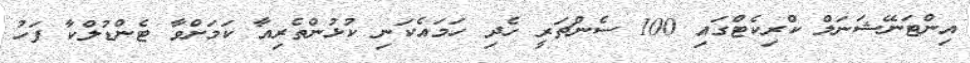
އިންޓަނޭޝަނަލް ކްރިކެޓްގައި 100 ސެންޗަރީ ހެދި ހަމައެކަނި ކުޅުންތެރިއާ ކަމަށްވާ ޓެންޑުލްކާ ފަހު